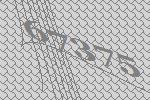
67375